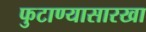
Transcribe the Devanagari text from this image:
फुटाण्यासारखा